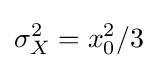
\sigma _{X}^{2}=x_{0}^{2}/3